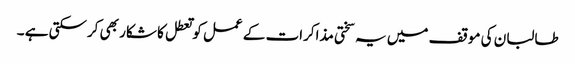
طالبان کی موقف میں یہ سختی مذاکرات کے عمل کو تعطل کا شکار بھی کرسکتی ہے ۔